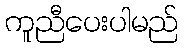
ကူညီပေးပါမည်